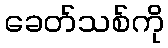
ခေတ်သစ်ကို